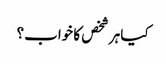
کیا ہر شخص کا خواب؟